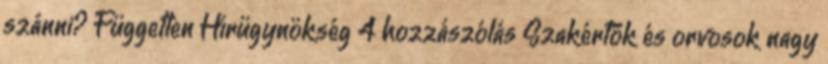
szánni? Független Hírügynökség 4 hozzászólás Szakértők és orvosok nagy